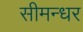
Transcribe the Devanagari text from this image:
सीमन्धर